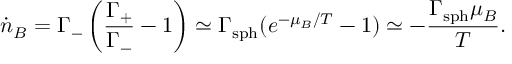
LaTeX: { \dot { n } } _ { B } = \Gamma _ { - } \left( { \frac { \Gamma _ { + } } { \Gamma _ { - } } } - 1 \right) \simeq \Gamma _ { \mathrm { s p h } } ( { e } ^ { - \mu _ { B } / T } - 1 ) \simeq - { \frac { \Gamma _ { \mathrm { s p h } } \mu _ { B } } { T } } .